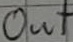
Text: Out